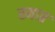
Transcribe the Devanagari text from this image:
स्माप्त